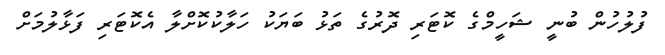
ފުލުހުން ބުނީ ޝަހީމްގެ ކޮޓަރި ދޮރުގެ ތަޅު ބަޔަކު ހަލާކުކޮށްލާ އެކޮޓަރި ފަޅާލުމަށް